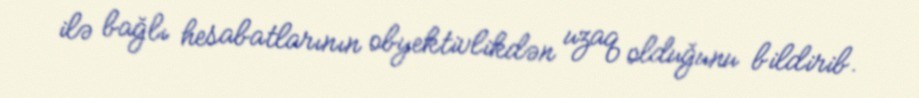
ilə bağlı hesabatlarının obyektivlikdən uzaq olduğunu bildirib.